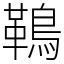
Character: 䳬